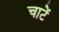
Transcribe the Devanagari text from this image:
चाटें